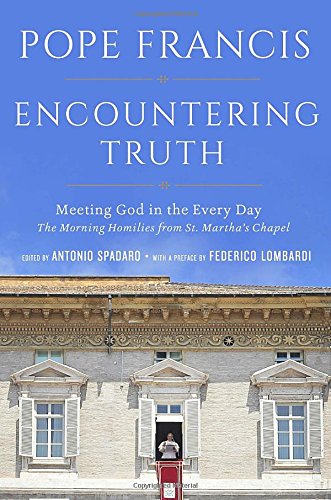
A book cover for Encountering Truth: Meeting God in the Everyday; Pope Francis; Christian Books & Bibles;